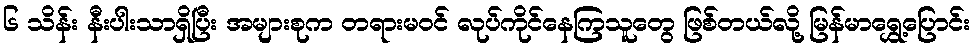
၆ သိန်း နီးပါးသာရှိပြီး အများစုက တရားမဝင် လုပ်ကိုင်နေကြသူတွေ ဖြစ်တယ်လို့ မြန်မာရွှေ့ပြောင်း